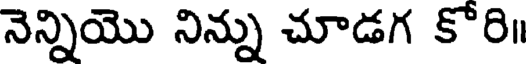
నెన్నియొ నిన్ను చూడగ కోరి॥